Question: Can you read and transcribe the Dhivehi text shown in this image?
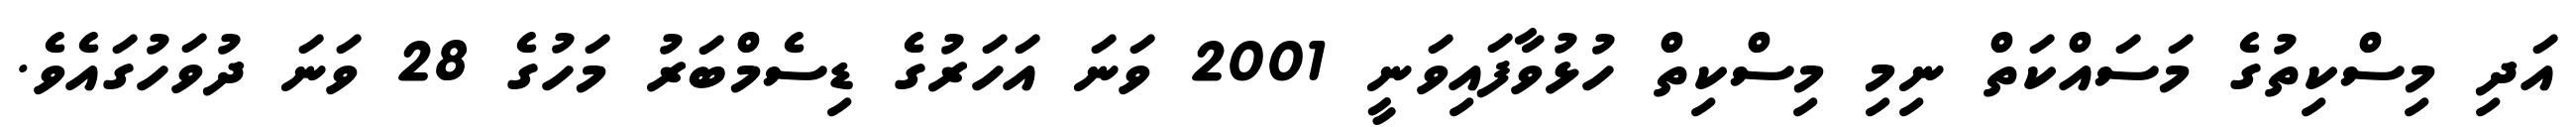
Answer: އަދި މިސްކިތުގެ މަސައްކަތް ނިމި މިސްކިތް ހުޅުވާފައިވަނީ 2001 ވަނަ އަހަރުގެ ޑިސެމްބަރު މަހުގެ 28 ވަނަ ދުވަހުގައެވެ.